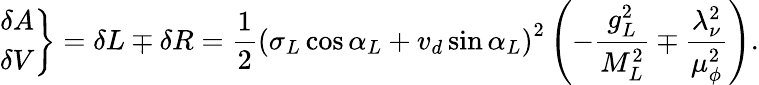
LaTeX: \left.\begin{array}{c}{{\delta A}}\\ {{\delta V}}\end{array}\right\} =\delta L\mp\delta R=\frac 12\left(\sigma_{L}\cos\alpha_{L}+v_{d}\sin\alpha_{L}\right)^{2}\left(-\frac{g_{L}^{2}}{M_{L}^{2}}\mp\frac{\lambda_{\nu}^{2}}{\mu_{\phi}^{2}}\right).